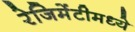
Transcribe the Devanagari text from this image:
रेजिमेंटीमध्ये